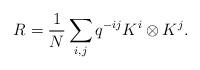
LaTeX: \begin{align*}R=\frac{1}{N}\sum_{i,j} q^{-ij}K^i\otimes K^j.\end{align*}